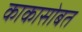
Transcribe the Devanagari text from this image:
काकासोबत